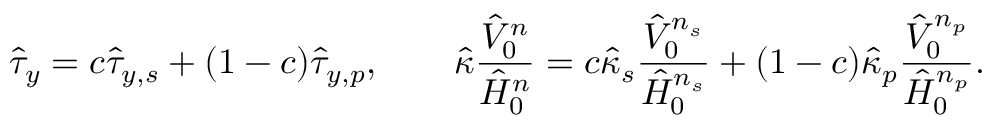
\hat { \tau } _ { y } = c \hat { \tau } _ { y , s } + ( 1 - c ) \hat { \tau } _ { y , p } , ~ ~ ~ ~ ~ ~ \hat { \kappa } \frac { \hat { V } _ { 0 } ^ { n } } { \hat { H } _ { 0 } ^ { n } } = c \hat { \kappa } _ { s } \frac { \hat { V } _ { 0 } ^ { n _ { s } } } { \hat { H } _ { 0 } ^ { n _ { s } } } + ( 1 - c ) \hat { \kappa } _ { p } \frac { \hat { V } _ { 0 } ^ { n _ { p } } } { \hat { H } _ { 0 } ^ { n _ { p } } } .